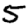
Digit: 5